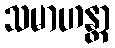
သမာဟန္တာ